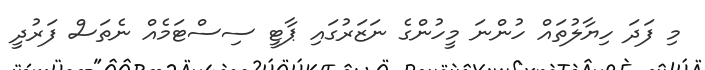
މި ފަދަ ހިޔާލުތައް ހުންނަ މީހުންގެ ނަޒަރުގައި ޕާޓީ ސިސްޓަމެއް ނެތަސް ފަރުދީ